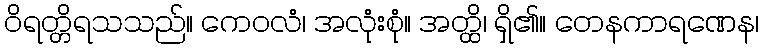
ဝိရတ္တိရသသည်။ ကေဝလံ၊ အလုံးစုံ။ အတ္ထိ၊ ရှိ၏။ တေနကာရဏေန၊